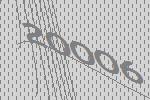
20006